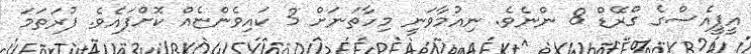
އީޕީއެސްގެ ގްރޭޑް 8 ންނެވެ. ނިއުމާވަނީ މިހާތަނަށް 3 ކައިވެންޏެއް ކޮށްފައެވެ. ފުރަތަމަ